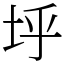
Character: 垀